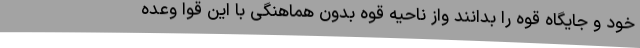
خود و جایگاه قوه را بدانند واز ناحیه قوه بدون هماهنگی با این قوا وعده